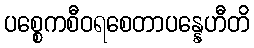
ပစ္စေကစီဝရစေတာပန္နေဟီတိ